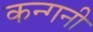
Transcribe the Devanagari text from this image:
कन्गनी